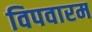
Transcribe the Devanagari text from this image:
विपवारम